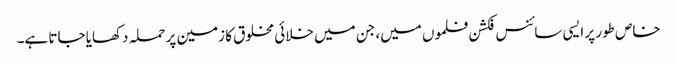
خاص طور پر ایسی سائنس فکشن فلموں میں، جن میں خلائی مخلوق کا زمین پر حملہ دکھایا جاتا ہے۔